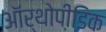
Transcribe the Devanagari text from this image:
ऑर्थोपी़डिक